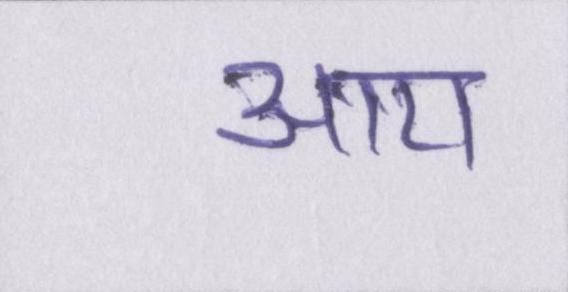
आय